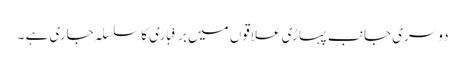
دوسری جانب پہاڑی علاقوں میں برفباری کا سلسلہ جاری ہے ۔